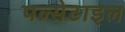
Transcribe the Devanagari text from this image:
पल्सेटाइल